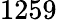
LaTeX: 1259